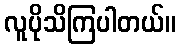
လူပိုသိကြပါတယ်။